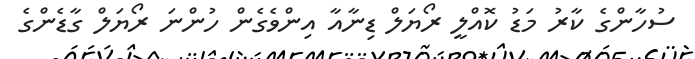
ސުހާންގެ ކާރު މަޑު ކޮއްލީ ރޯޔަލް ޑިނާއާ އިންވެގެން ހުންނަ ރޯޔަލް ގާޑެންގެ